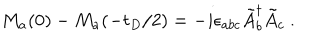
M _ { a } ( 0 ) - M _ { a } ( - t _ { D } / 2 ) = - i \epsilon _ { a b c } \tilde { A } _ { b } ^ { \dagger } \tilde { A } _ { c } ~ .